Martna_vallavalitsus, lk 23
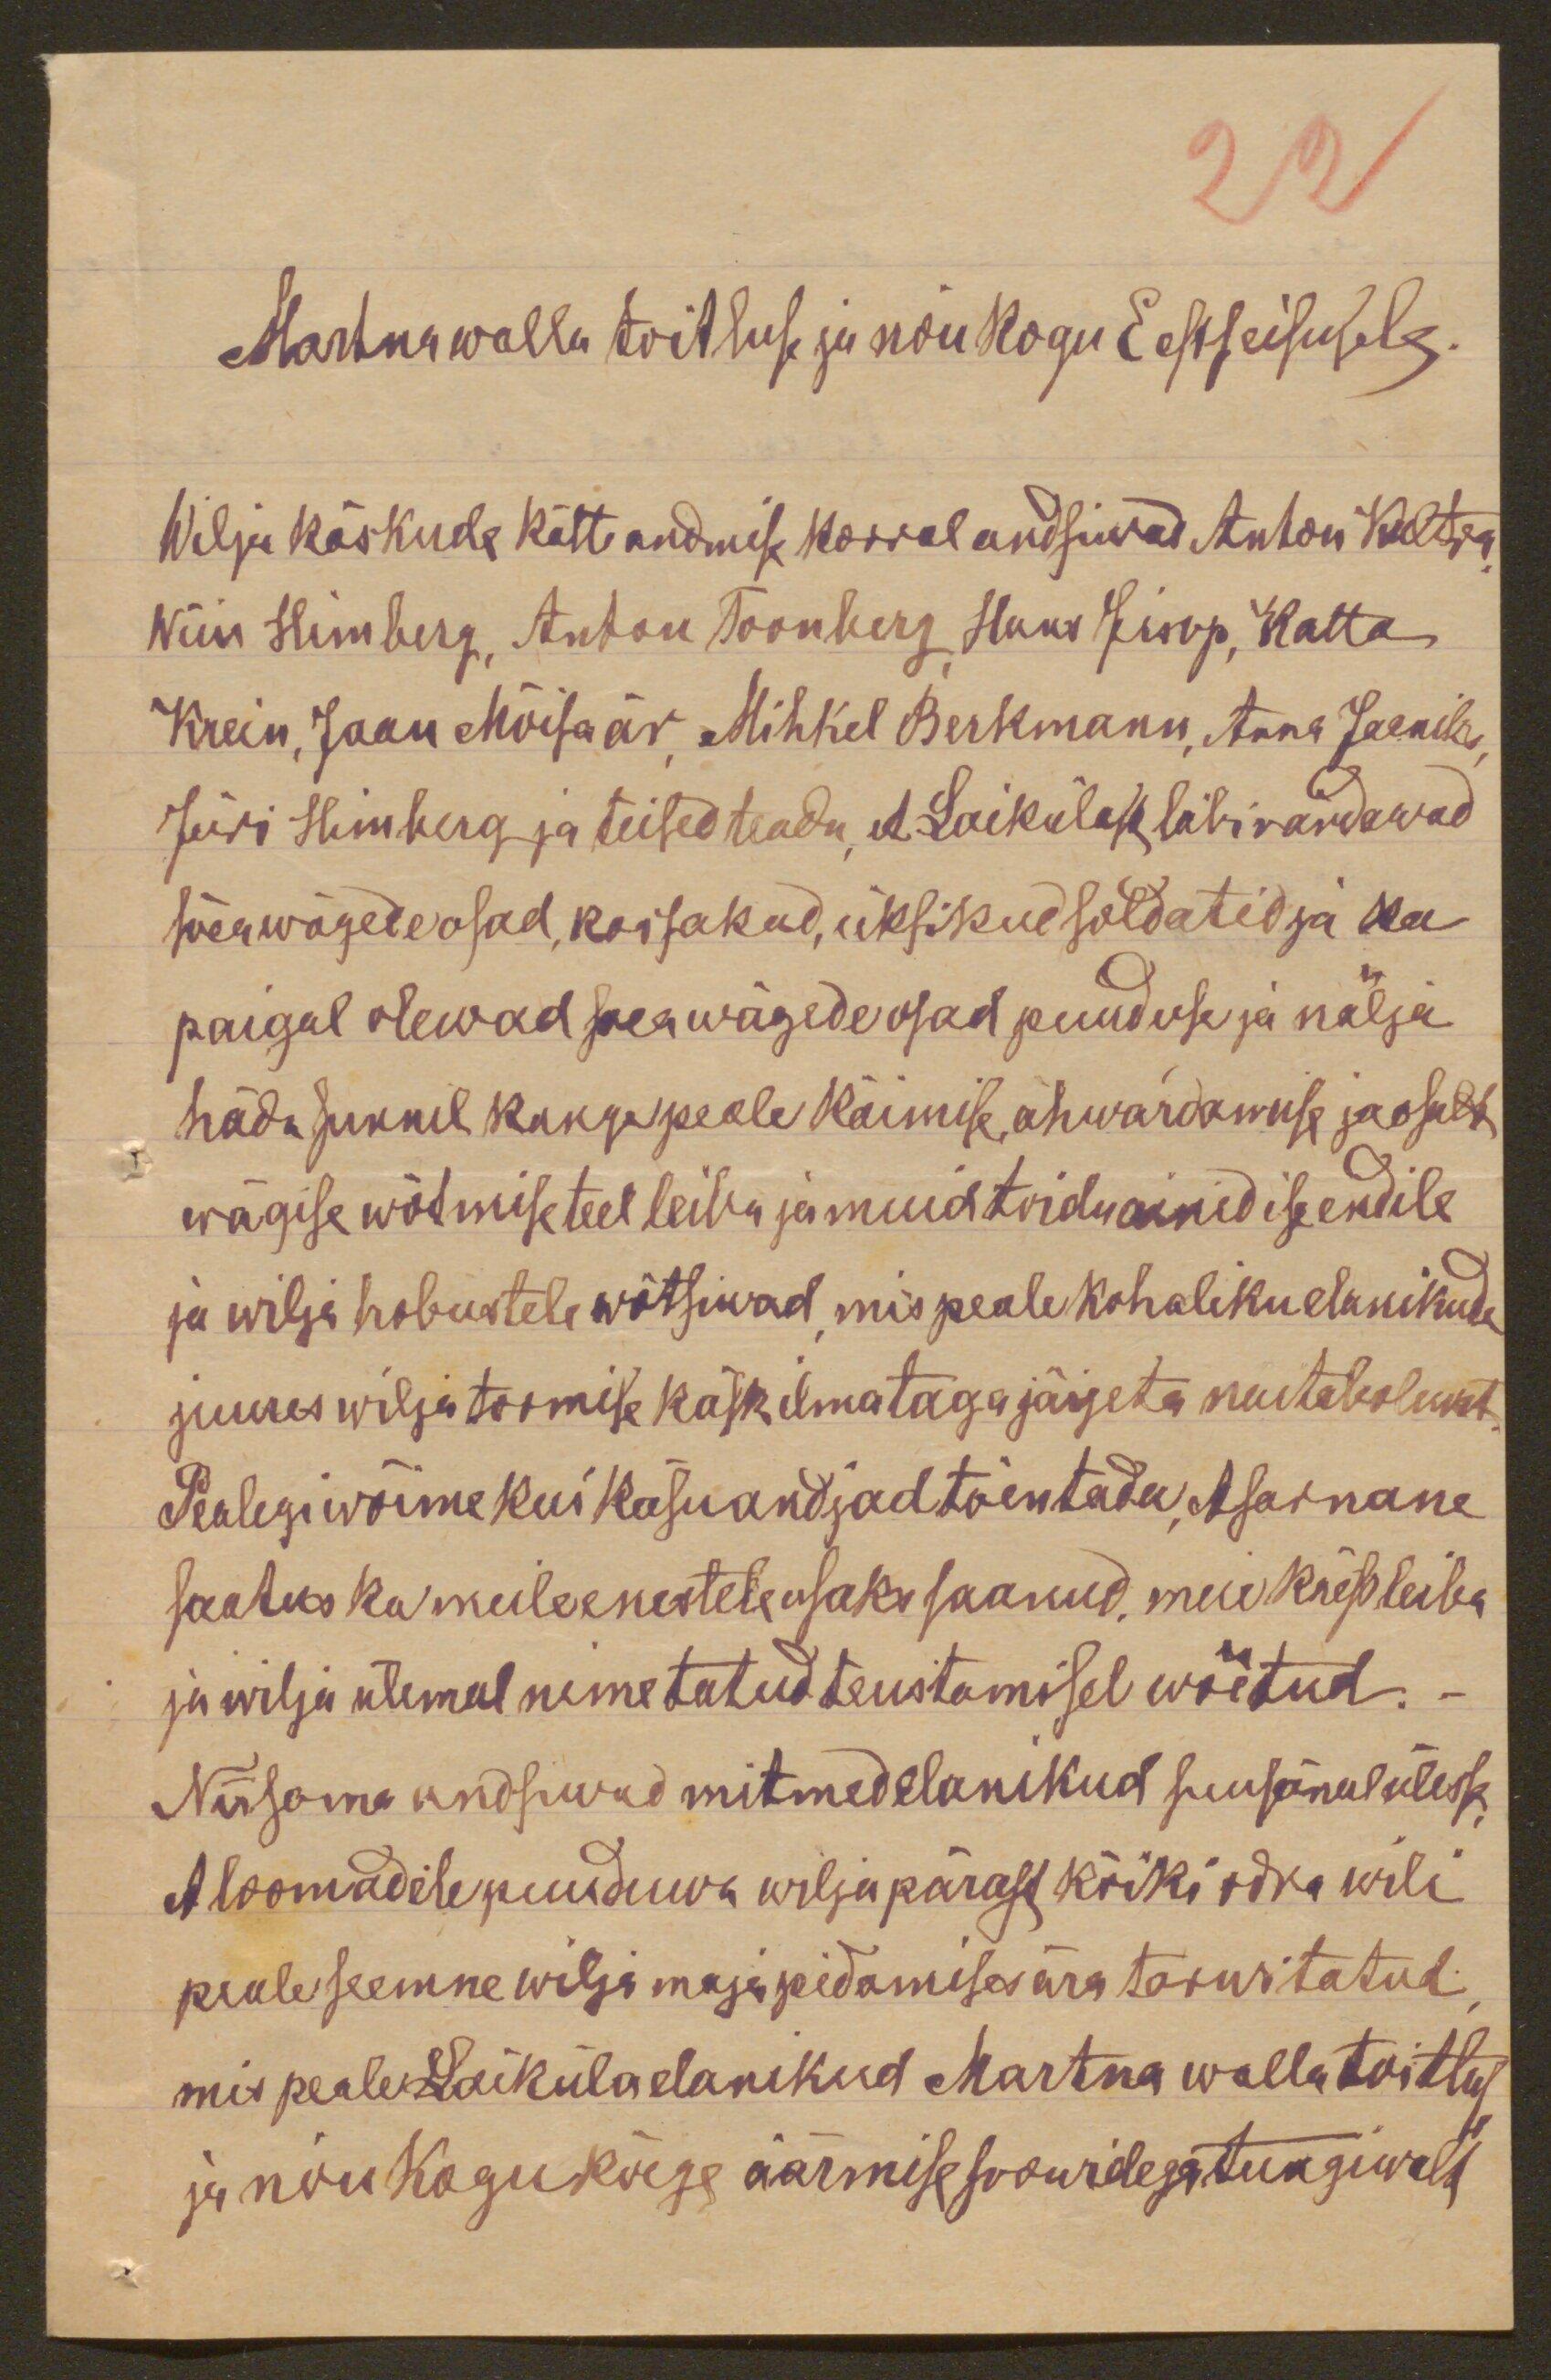
22
Martna walla toitluse ja nõukogu Eestseisusele.
Wilja käskuda kätte andmise korral andsiwad Anton Kultas,
Wiiu Himberg, Anton Toonberg, Hans Iisop, Katta
Krein, Jaan Mõisaär, Mihkel Berkmann, Anna Jaaniks
Jüri Himberg ja teised teada, et Laikülast läbirändawad
sõeawägede osad, kassakad, üksikud soldatid ja ka
paigal olewad soeawägede osad puuduse ja nälja
häda sunnil kange peale käimise, ahwardamise jaosalt
wägise wõtmise teel leiba ja muid toiduained ise endile
ja wilja hobustele wõtsiwad, mis peale kohaliku elanikude
juures wilja toomise käsk ilma taga järjeta naitabolewat
Pealegi wõime kui käsuandjad tõentada, etsarnane
saatus ka meile enestele osaks saanud, meie käest leiba
ju wilja ülemal nimetatud teustamisel wõetud. -
Niiisama andsiwad mitmed elanikud suusõnul ülesse,
et loomadele puuduwa wilja pärast kõiki odra wili
peale seemne wilja majapidamises ära tarwitatud.
mis peale Laiküla elanikud Martna walla toitlus
ja nõukogukõege äärmise soowidega tungiwald